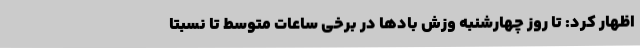
اظهار کرد: تا روز چهارشنبه وزش بادها در برخی ساعات متوسط تا نسبتا